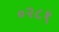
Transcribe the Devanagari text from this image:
०२८१